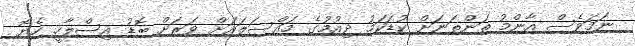
ނަމަވެސް އާންމު ތަންތަނަށް ކުޑަކަމު ދިއުމުގެ މައްސަލައަށް ވަރަށް ބޮޑު އިސްލާހީ ހެޔޮ